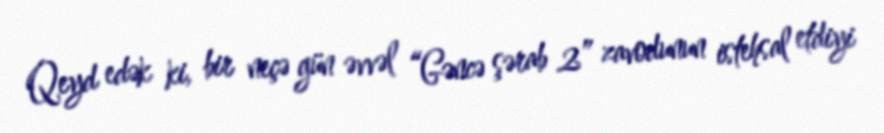
Qeyd edək ki, bir neçə gün əvvəl “Gəncə şərab 2” zavodunun istehsal etdiyi